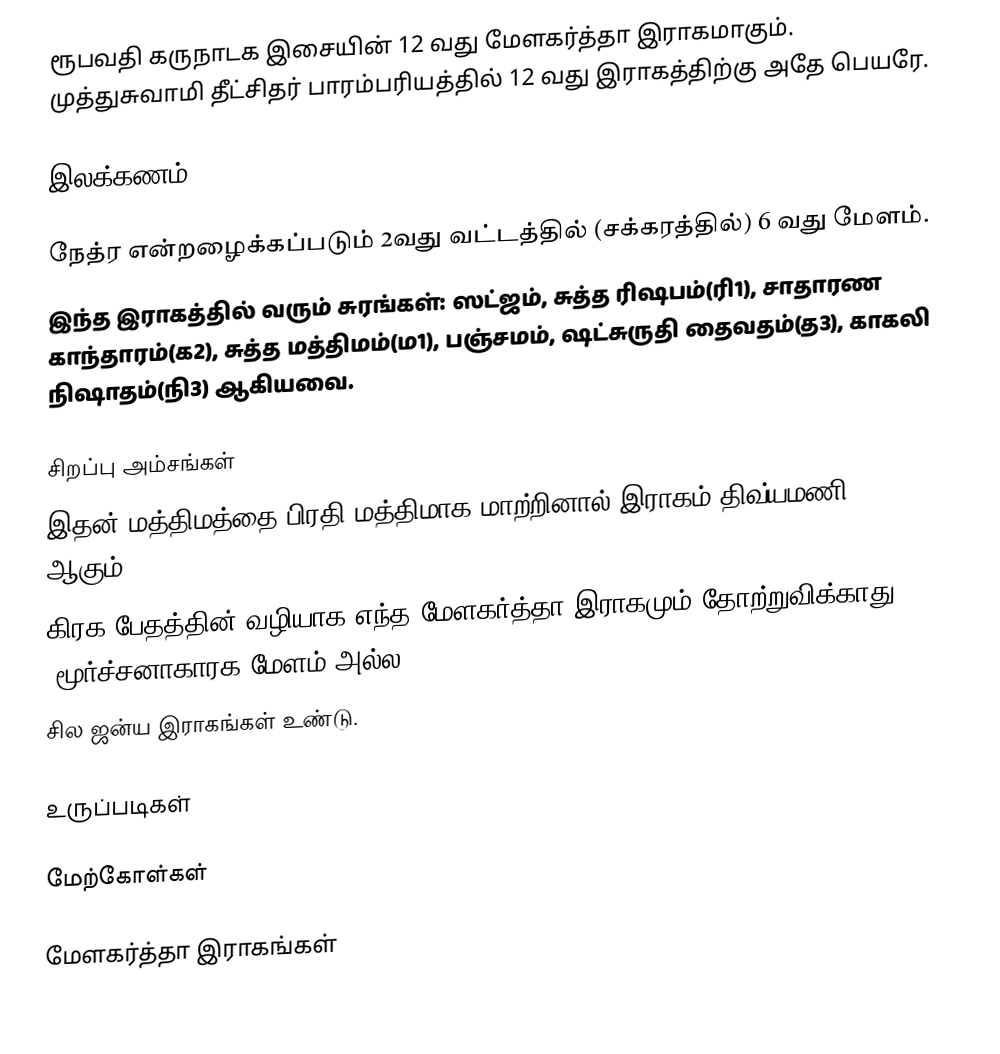
ரூபவதி கருநாடக இசையின் 12 வது மேளகர்த்தா இராகமாகும். முத்துசுவாமி தீட்சிதர் பாரம்பரியத்தில் 12 வது இராகத்திற்கு அதே பெயரே.

இலக்கணம்

 நேத்ர என்றழைக்கப்படும் 2வது வட்டத்தில் (சக்கரத்தில்) 6 வது மேளம்.
 இந்த இராகத்தில் வரும் சுரங்கள்: ஸட்ஜம், சுத்த ரிஷபம்(ரி1), சாதாரண காந்தாரம்(க2), சுத்த மத்திமம்(ம1), பஞ்சமம், ஷட்சுருதி தைவதம்(த3), காகலி நிஷாதம்(நி3) ஆகியவை.

சிறப்பு அம்சங்கள்
 இதன் மத்திமத்தை பிரதி மத்திமாக மாற்றினால் இராகம் திவ்யமணி (48) ஆகும்.
 கிரக பேதத்தின் வழியாக எந்த மேளகர்த்தா இராகமும் தோற்றுவிக்காது (மூர்ச்சனாகாரக மேளம் அல்ல).
 சில ஜன்ய இராகங்கள் உண்டு.

உருப்படிகள்

மேற்கோள்கள்

மேளகர்த்தா இராகங்கள்